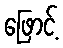
ဖြောင့်